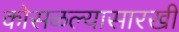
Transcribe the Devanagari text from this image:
कोसळल्यासारखी